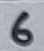
Text: 6